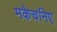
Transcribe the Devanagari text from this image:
मकेचनिए